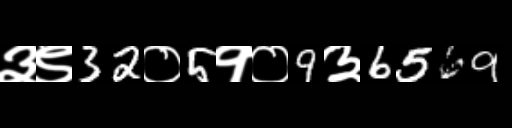
Text: ३९32०5१०9३6569